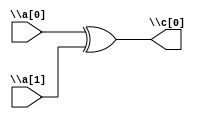

module trivial3( \a[0] , \a[1] , \c[0] );
  input \a[0] , \a[1] ;
  output \c[0] ;
  assign \c[0]  = \a[0] ^ \a[1] ;
endmodule